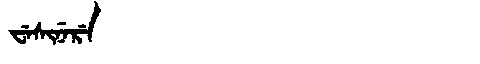
Manchu: ᠸᡝᠰᡳᠨᡝᡵᡝ
Romanization: WESINERE